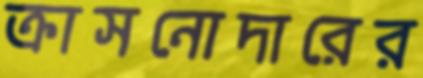
ক্রাসনোদারের